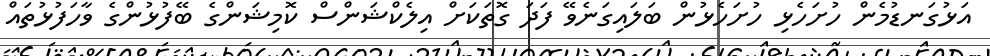
އަޅުގަނޑުމެން ހުށަހެޅި ހުށަހެޅުން ބަލައިގަނެވޭ ފަދަ ގޮތަކަށް އިލެކްޝަންސް ކޮމިޝަންގެ ބޭފުޅުންގެ ވާހަފުޅުތައް